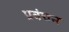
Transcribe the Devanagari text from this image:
प्रबंचन